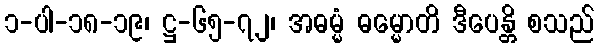
၁-ပါ-၁၈-၁၉၊ ဋ္ဌ-၆၅-၇၂၊ အဓမ္မံ ဓမ္မောတိ ဒီပေန္တိ စသည်